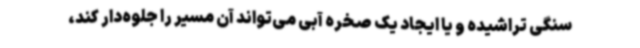
سنگی تراشیده و یا ایجاد یک صخره آبی می‌تواند آن مسیر را جلوه‌دار کند،